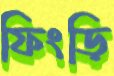
ফিংড়ি